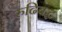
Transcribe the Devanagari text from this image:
रुढिबद्ध